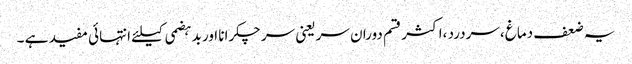
یہ ضعف دماغ ،سردرد ،اکثر قسم دوران سر یعنی سر چکرانا اور بدہضمی کیلئے انتہائی مفید ہے ۔